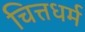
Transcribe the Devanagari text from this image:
चित्तधर्म